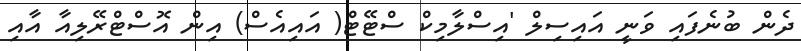
ދެން ބުނެފައި ވަނީ އައިސިލް 'އިސްލާމިކް ސްޓޭޓް( އައިއެސް) އިން އޮސްޓްރޭލިއާ އާއި